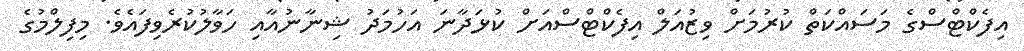
އިފެކްޓްސްގެ މަސައްކަތް ކުރުމަށް ވިޒުއަލް އިފެކްޓްސްއަށް ކުޅަދާނަ އަހުމަދު ޝިނާނުއާއި ހަވާލުކުރެވިފައެވެ. މިފިލްމުގެ